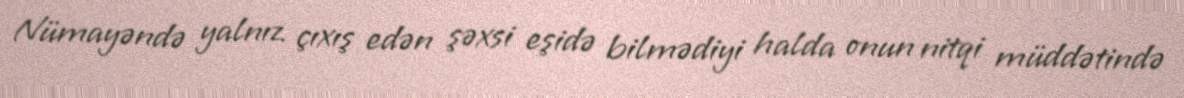
Nümayəndə yalnız çıxış edən şəxsi eşidə bilmədiyi halda onun nitqi müddətində